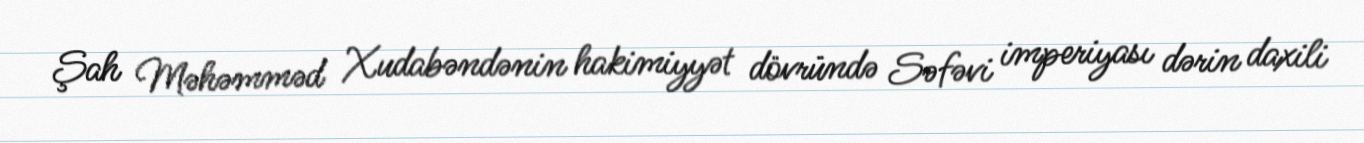
Şah Məhəmməd Xudabəndənin hakimiyyət dövründə Səfəvi imperiyası dərin daxili